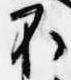
不